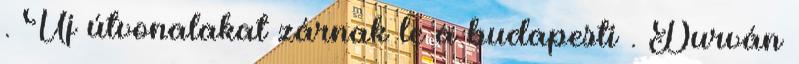
. Új útvonalakat zárnak le a budapesti . Durván